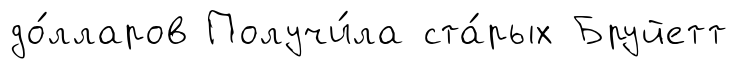
до́лларов Получи́ла ста́рых Бруйетт